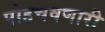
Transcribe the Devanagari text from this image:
पोहचवणारी